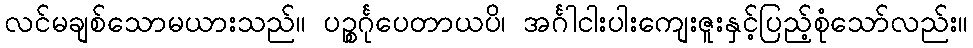
လင်မချစ်သောမယားသည်။ ပဉ္စင်္ဂုပေတာယပိ၊ အင်္ဂါငါးပါးကျေးဇူးနှင့်ပြည့်စုံသော်လည်း။